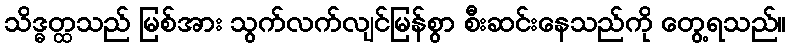
သိဒ္ဓတ္ထသည် မြစ်အား သွက်လက်လျင်မြန်စွာ စီးဆင်းနေသည်ကို တွေ့ရသည်။